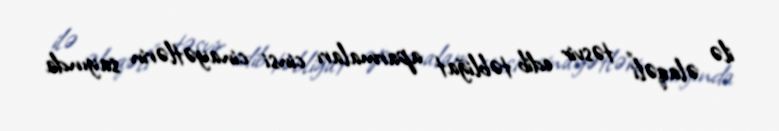
ilə əlaqəli" təsvir edib təbliğat aparmaları cinsi cinayətlərin sayında